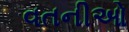
વતનીઓ